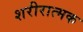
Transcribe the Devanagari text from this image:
शरीरात्मक